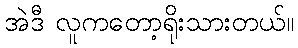
အဲဒီ လူကတော့ရိုးသားတယ်။